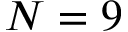
N = 9